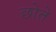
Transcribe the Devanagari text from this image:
छोते